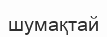
шумақтай